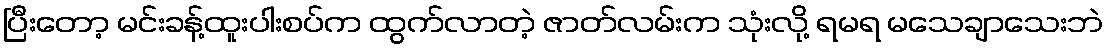
ပြီးတော့ မင်းခန့်ထူးပါးစပ်က ထွက်လာတဲ့ ဇာတ်လမ်းက သုံးလို့ ရမရ မသေချာသေးဘဲ